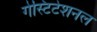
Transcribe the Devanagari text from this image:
गेस्टिटेशनल